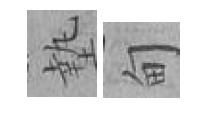
墊甸